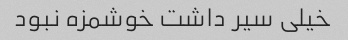
خیلی سیر داشت خوشمزه نبود